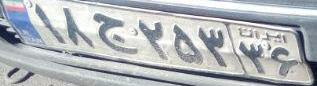
۱۸ج۲۵۳۳۶